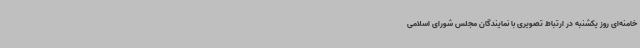
خامنه‌ای روز یکشنبه در ارتباط تصویری با نمایندگان مجلس شورای اسلامی